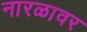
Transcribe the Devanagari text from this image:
नारळावर